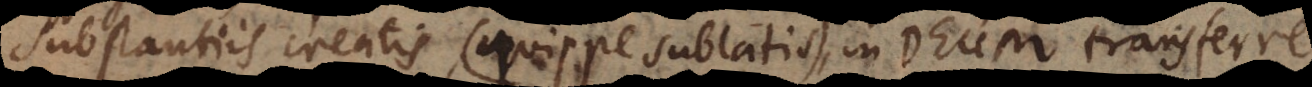
substantiis creatis (quippe sublatis), in Deum transferr